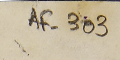
AF-303